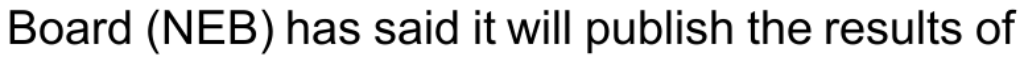
Board (NEB) has said it will publish the results of